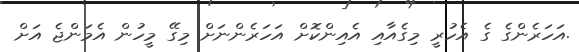
.އަހަރެންގެ ގެ އެހުރީ މިގެއާއި އެއިންކޮށް އަހަރެންނަށް މިގޭ މީހުން އެމަންޖެ އަށް